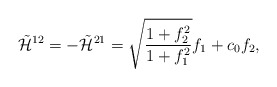
\begin{align*}\tilde{{\cal H}}^{12}=-\tilde{{\cal H}}^{21}= \sqrt{\frac{1+f_2^2}{1+f_1^2}}f_1 + c_0 f_2, \end{align*}